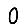
Digit: 0